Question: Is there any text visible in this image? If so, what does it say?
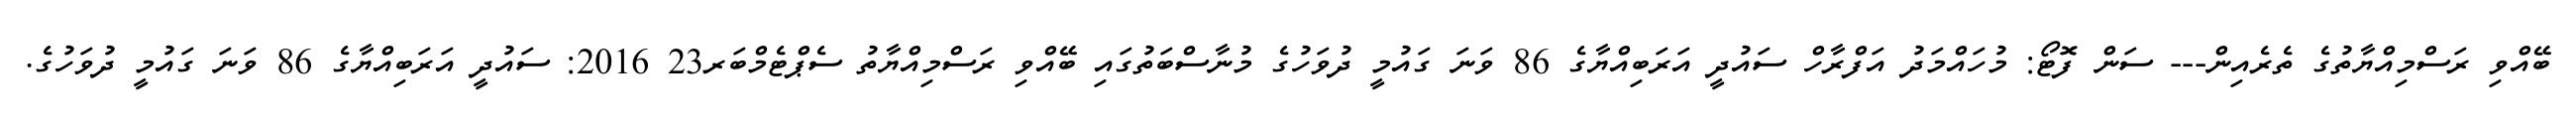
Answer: ބޭއްވި ރަސްމިއްޔާތުގެ ތެރެއިން--- ސަން ފޮޓޯ: މުހައްމަދު އަފްރާހް ސައުދީ އަރަބިއްޔާގެ 86 ވަނަ ގައުމީ ދުވަހުގެ މުނާސްބަތުގައި ބޭއްވި ރަސްމިއްޔާތު ސެޕްޓެމްބަރ23 2016: ސައުދީ އަރަބިއްޔާގެ 86 ވަނަ ގައުމީ ދުވަހުގެ.